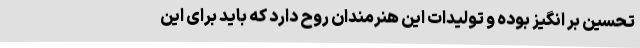
تحسین بر انگیز بوده و تولیدات این هنرمندان روح دارد که باید برای این